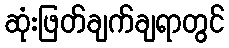
ဆုံးဖြတ်ချက်ချရာတွင်